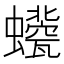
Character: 𧔀